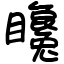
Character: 䂁